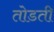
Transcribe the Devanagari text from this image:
तोडती